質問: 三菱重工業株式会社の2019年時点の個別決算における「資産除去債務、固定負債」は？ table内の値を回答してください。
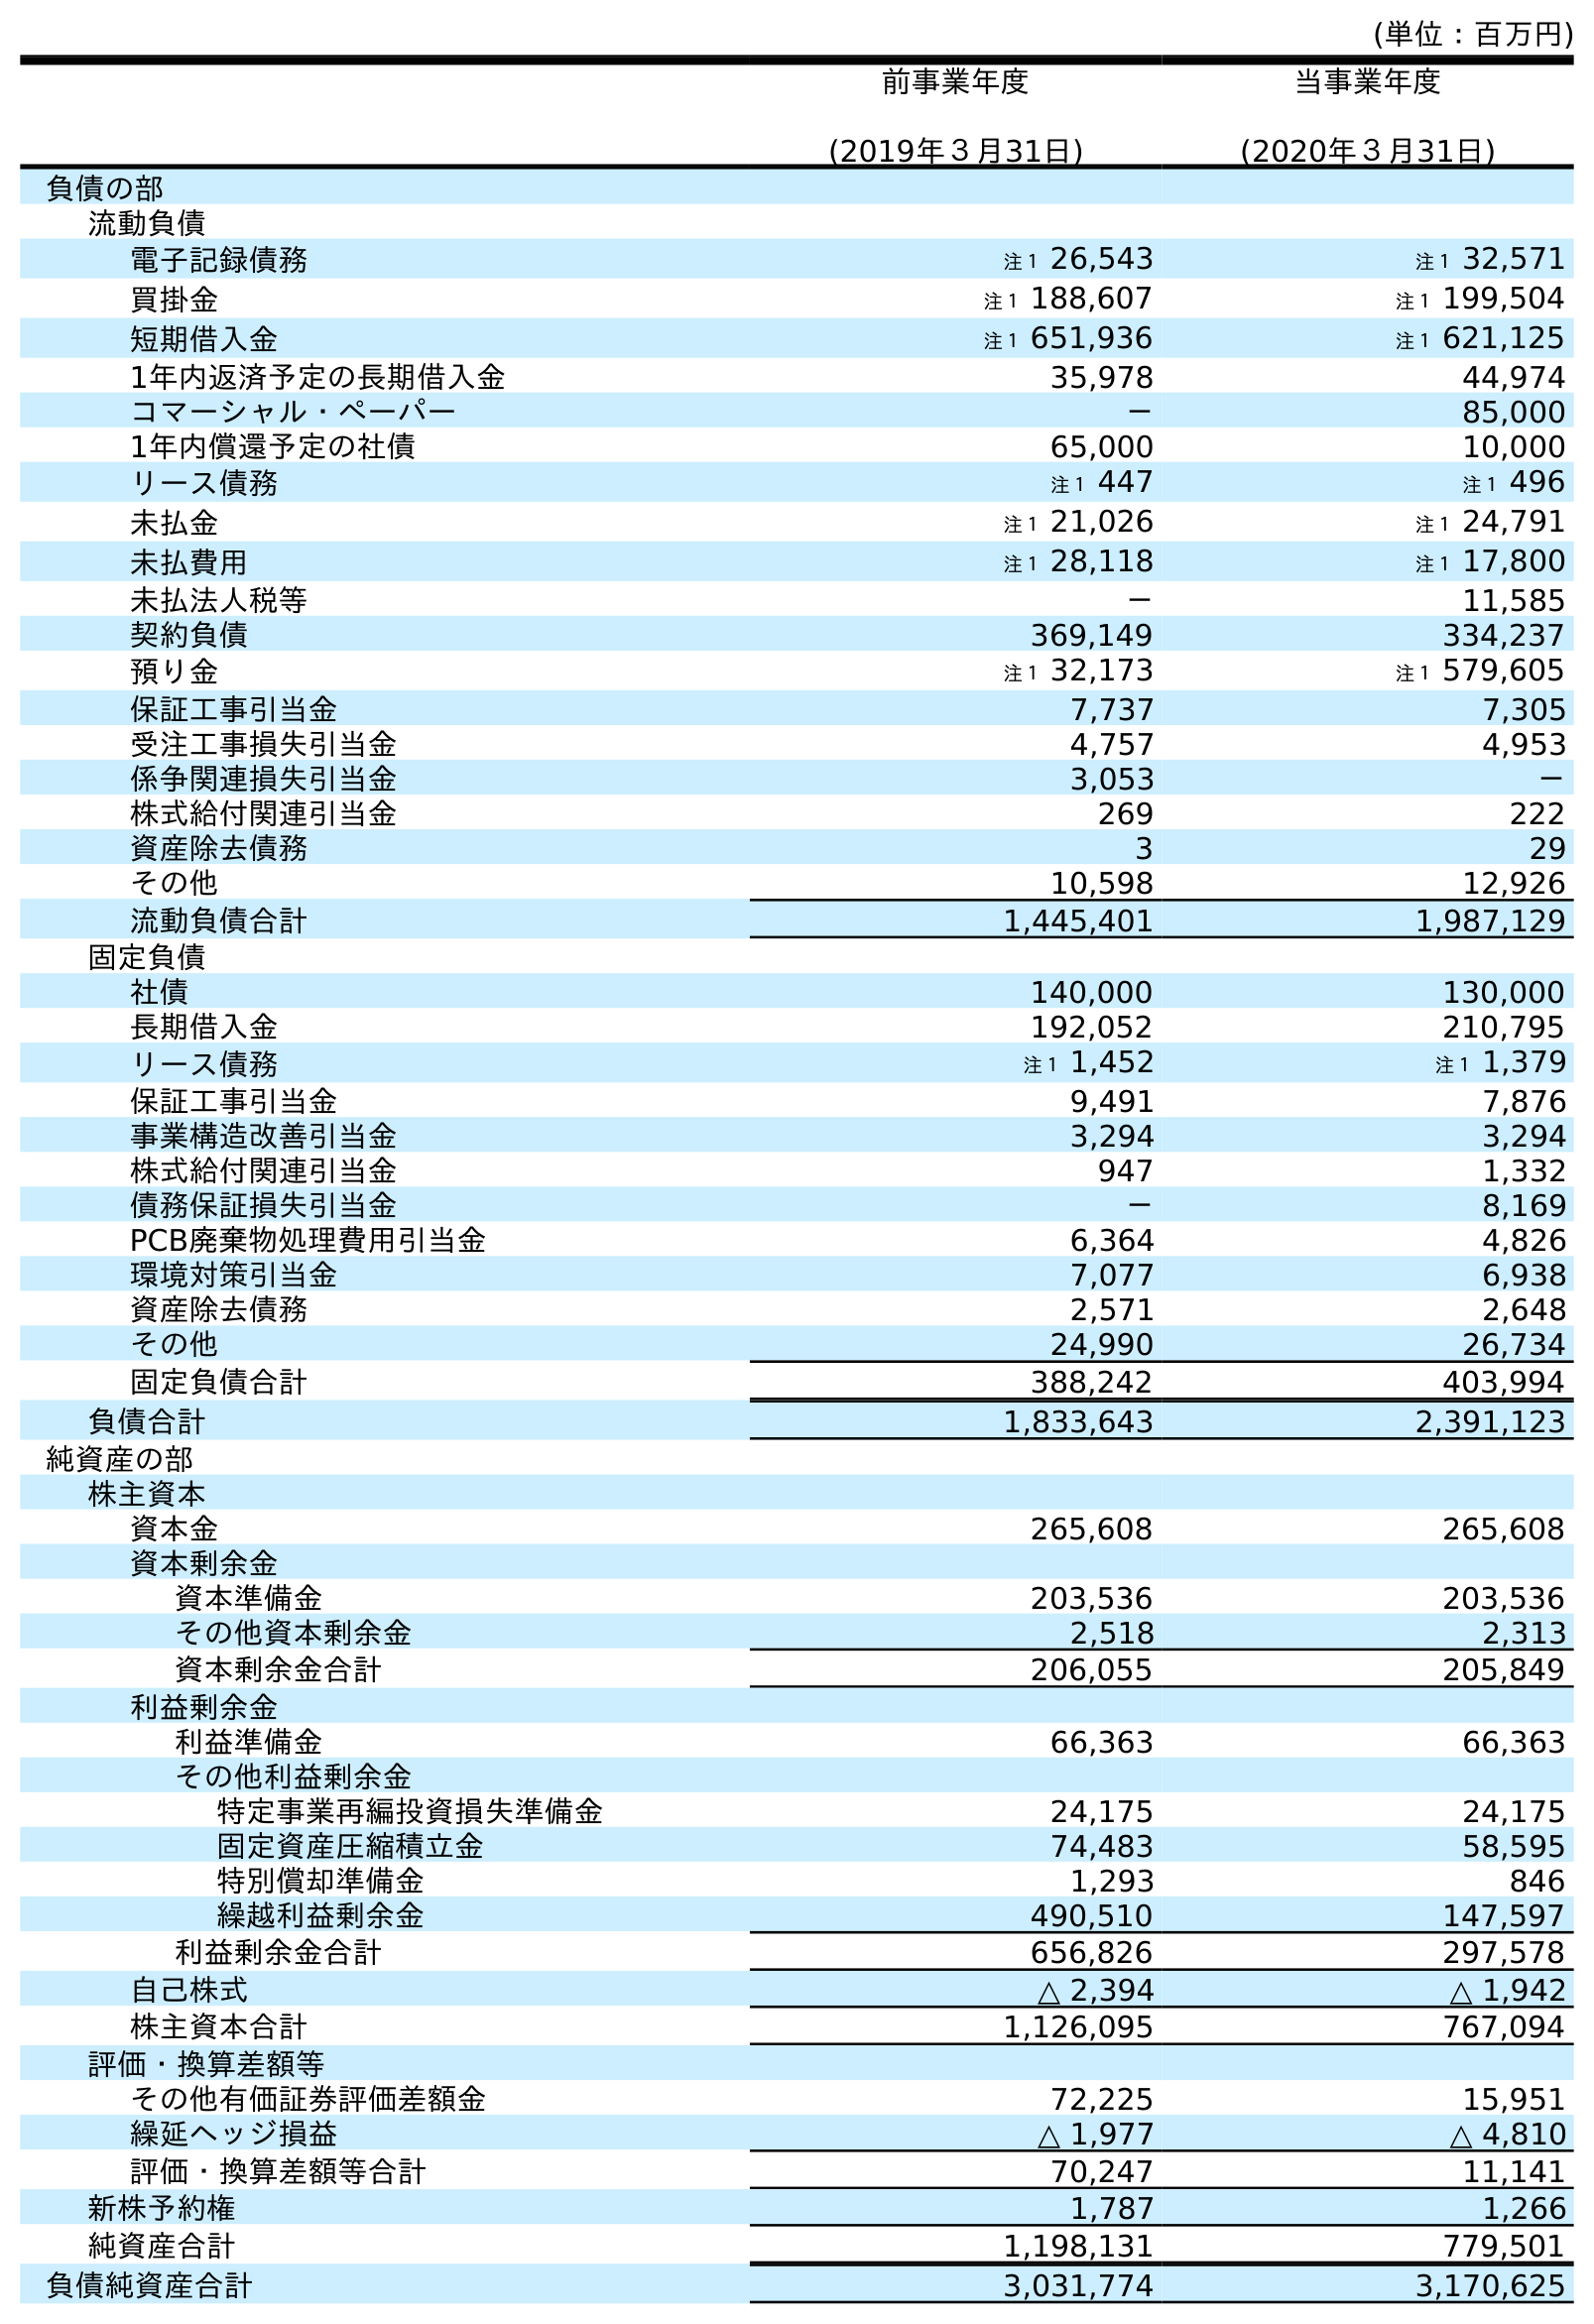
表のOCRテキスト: (単位：百万円) 前事業年度 (2019年３月31日) 当事業年度 (2020年３月31日) 負債の部 流動負債 電子記録債務 注１ 26,543 注１ 32,571 買掛金 注１ 188,607 注１ 199,504 短期借入金 注１ 651,936 注１ 621,125 1年内返済予定の長期借入金 35,978 44,974 コマーシャル・ペーパー － 85,000 1年内償還予定の社債 65,000 10,000 リース債務 注１ 447 注１ 496 未払金 注１ 21,026 注１ 24,791 未払費用 注１ 28,118 注１ 17,800 未払法人税等 － 11,585 契約負債 369,149 334,237 預り金 注１ 32,173 注１ 579,605 保証工事引当金 7,737 7,305 受注工事損失引当金 4,757 4,953 係争関連損失引当金 3,053 － 株式給付関連引当金 269 222 資産除去債務 3 29 その他 10,598 12,926 流動負債合計 1,445,401 1,987,129 固定負債 社債 140,000 130,000 長期借入金 192,052 210,795 リース債務 注１ 1,452 注１ 1,379 保証工事引当金 9,491 7,876 事業構造改善引当金 3,294 3,294 株式給付関連引当金 947 1,332 債務保証損失引当金 － 8,169 PCB廃棄物処理費用引当金 6,364 4,826 環境対策引当金 7,077 6,938 資産除去債務 2,571 2,648 その他 24,990 26,734 固定負債合計 388,242 403,994 負債合計 1,833,643 2,391,123 純資産の部 株主資本 資本金 265,608 265,608 資本剰余金 資本準備金 203,536 203,536 その他資本剰余金 2,518 2,313 資本剰余金合計 206,055 205,849 利益剰余金 利益準備金 66,363 66,363 その他利益剰余金 特定事業再編投資損失準備金 24,175 24,175 固定資産圧縮積立金 74,483 58,595 特別償却準備金 1,293 846 繰越利益剰余金 490,510 147,597 利益剰余金合計 656,826 297,578 自己株式 △ 2,394 △ 1,942 株主資本合計 1,126,095 767,094 評価・換算差額等 その他有価証券評価差額金 72,225 15,951 繰延ヘッジ損益 △ 1,977 △ 4,810 評価・換算差額等合計 70,247 11,141 新株予約権 1,787 1,266 純資産合計 1,198,131 779,501 負債純資産合計 3,031,774 3,170,625
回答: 2,571